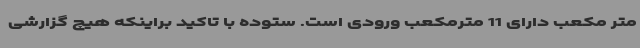
متر مکعب دارای 11 مترمکعب ورودی است. ستوده با تاکید براینکه هیچ گزارشی